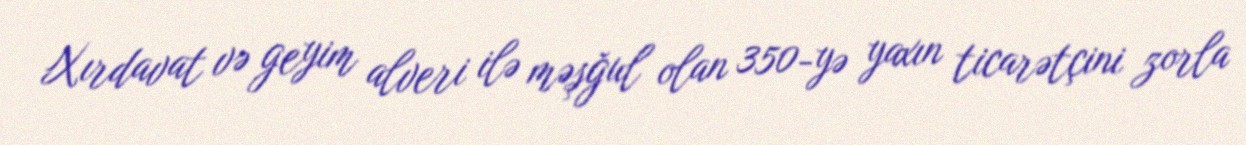
Xırdavat və geyim alveri ilə məşğul olan 350-yə yaxın ticarətçini zorla